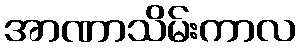
အာဏာသိမ်းကာလ